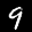
Label: 9